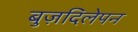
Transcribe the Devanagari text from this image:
बुज़दिलेपन